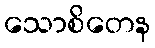
သောစိတေန